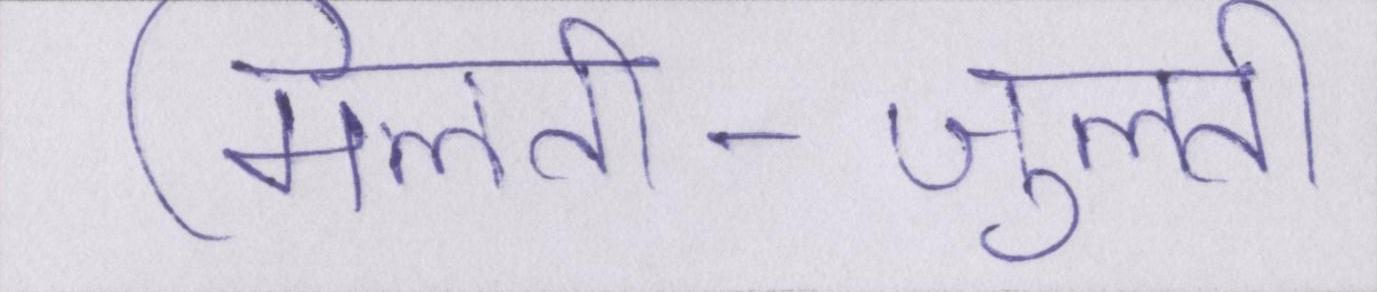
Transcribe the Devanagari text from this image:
मिलती-जुलती